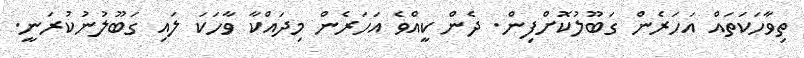
ތިވާހަކަތައް އަހަރެން ގަބޫލުކޮށްފިން. ދެން ކީއްވެ އަހަރެން މިދައްކާ ވާހަކަ ލައި ގަބޫލުނުކުރަނީ.